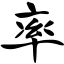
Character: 率